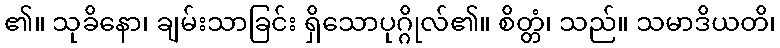
၏။ သုခိနော၊ ချမ်းသာခြင်း ရှိသောပုဂ္ဂိုလ်၏။ စိတ္တံ၊ သည်။ သမာဒိယတိ၊